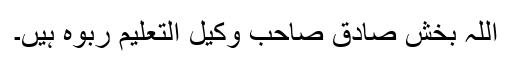
اللہ بخش صادق صاحب وکیل التعلیم ربوہ ہیں۔